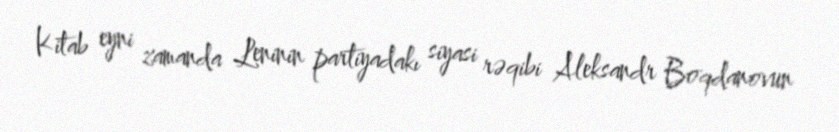
Kitab eyni zamanda Leninin partiyadakı siyasi rəqibi Aleksandr Boqdanovun